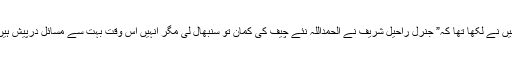
میں نے لکھا تھا کہ” جنرل راحیل شریف نے الحمداللہ نئے چیف کی کمان تو سنبھال لی مگر انہیں اس وقت بہت سے مسائل درپیش ہیں۔